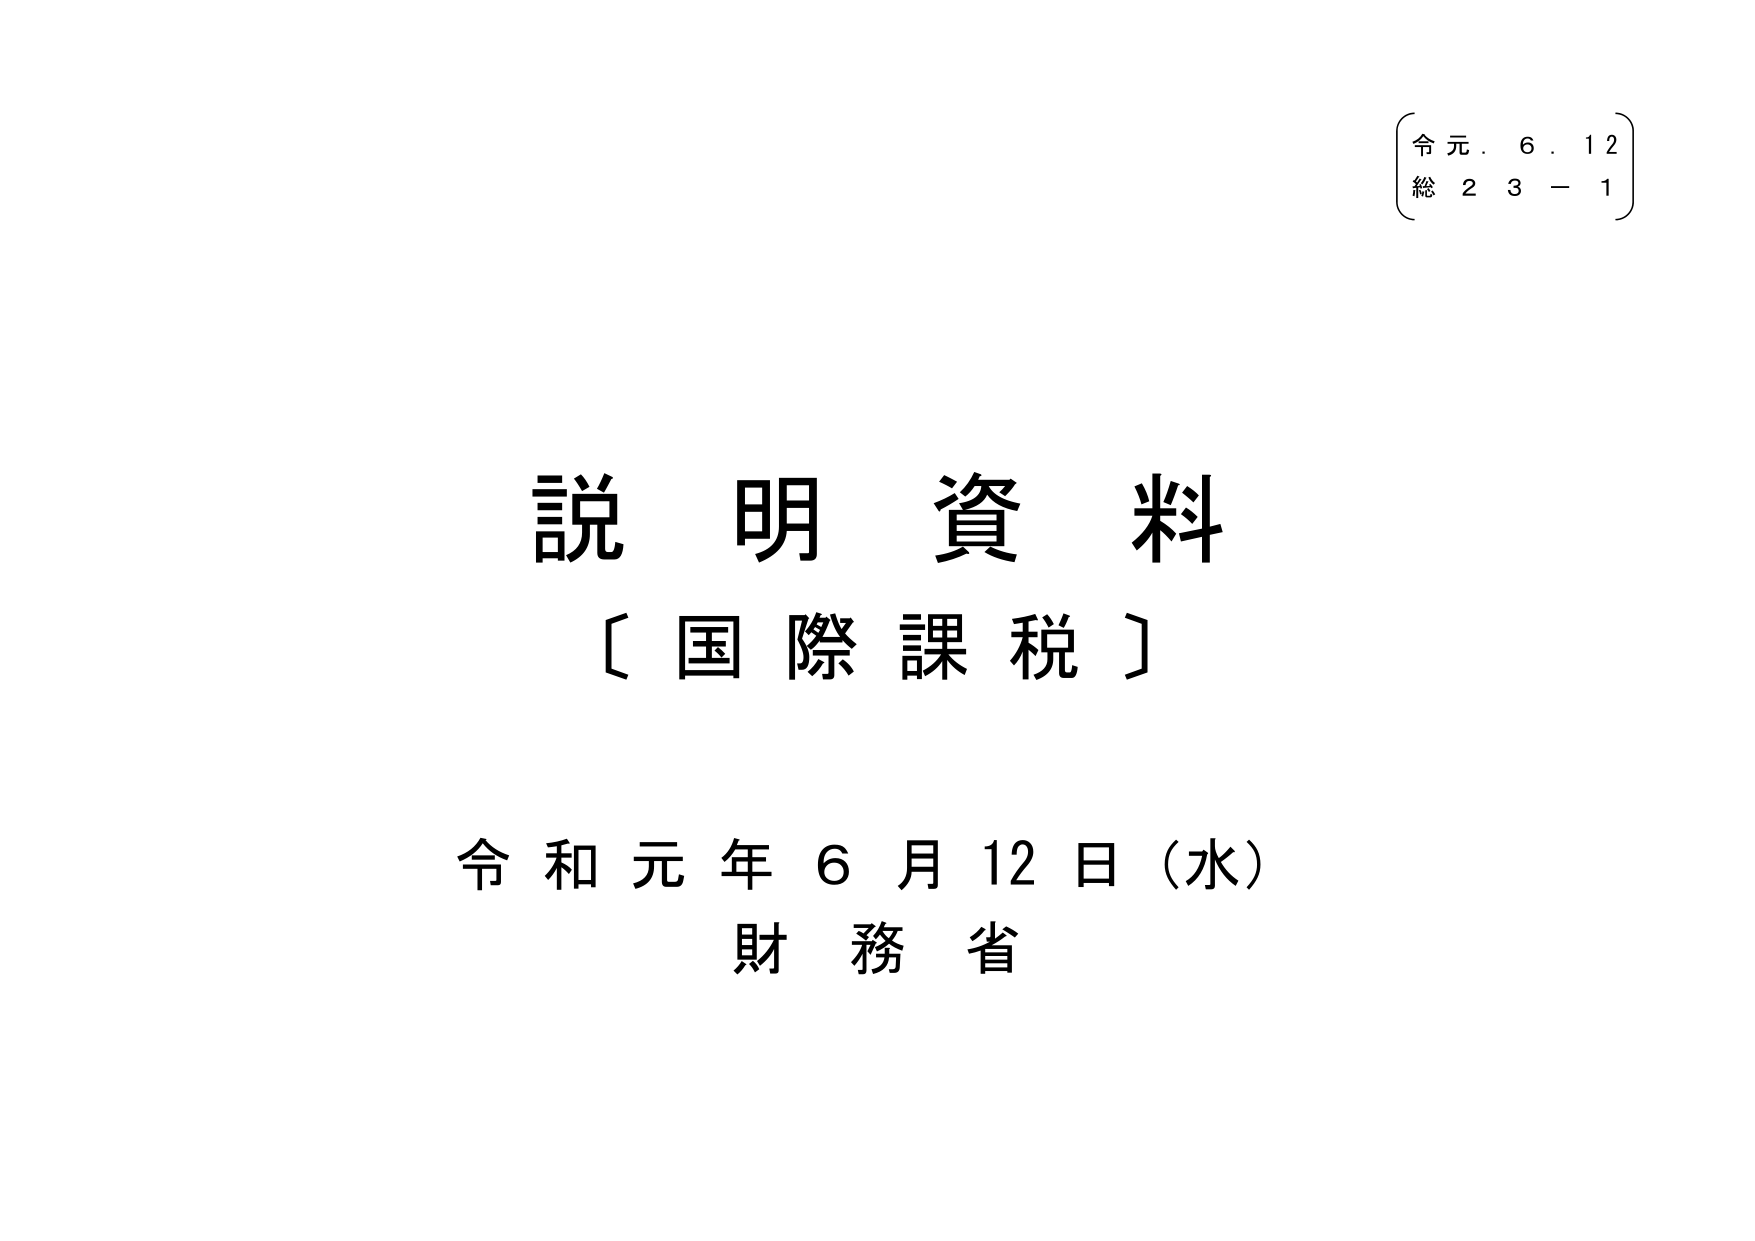
令元．６．１２
総２３－１

説明資料
〔国際課税〕

令和元年６月１２日（水）
財務省